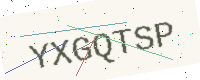
Text: YXGQTSP